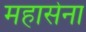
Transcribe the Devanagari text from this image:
महासेना